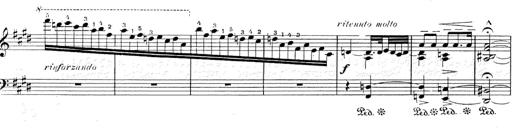
Title: Le rossignol
Composer: Franz Liszt